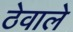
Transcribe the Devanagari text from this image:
ठेवाले